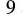
9